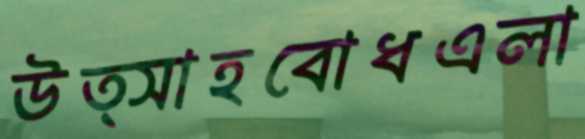
উত্সাহবোধএলা